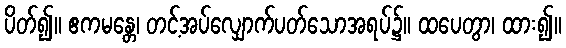
ပိတ်၍။ ဧကမန္တေ၊ တင့်အပ်လျှောက်ပတ်သောအရပ်၌။ ထပေတွာ၊ ထား၍။